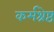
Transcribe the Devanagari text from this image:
कर्मश्रेष्ठ